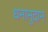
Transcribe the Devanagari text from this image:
धनानुदान